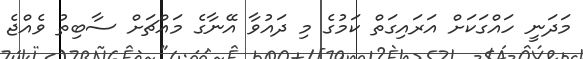
މަދަނީ ހައްގަކަށް އަރައިގަތް ކަމުގެ މި ދައުވާ އޭނާގެ މައްޗަށް ސާބިތު ވެއްޖެ